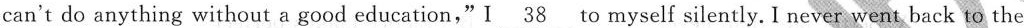
can't do anything without a good education,"I \underline{38} to myself silently. I never went back to the